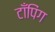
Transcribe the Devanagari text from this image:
टाँपिंग